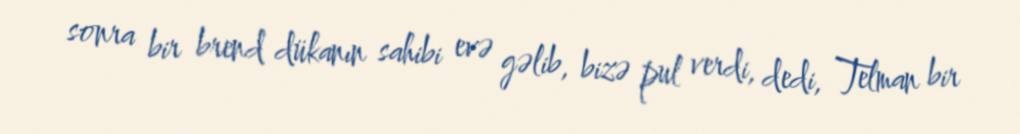
sonra bir brend dükanın sahibi evə gəlib, bizə pul verdi, dedi, Telman bir